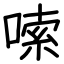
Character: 嗦